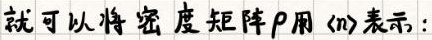
就可以将密度矩阵$\rho$用$\langle n\rangle$表示：